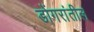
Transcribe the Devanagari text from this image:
डोंगरांतील